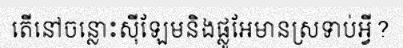
តើនៅចន្លោះស៊ីឡែមនិងផ្លូអែមានស្រទាប់អ្វី?